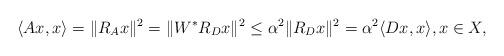
LaTeX: \begin{align*}\langle Ax,x\rangle = \|R_{A}x\|^{2} = \|W^{\ast}R_{D}x\|^{2}\leq \alpha^{2} \|R_{D}x\|^{2}=\alpha^{2}\langle Dx,x\rangle,x\in X,\end{align*}